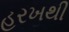
હરખથી